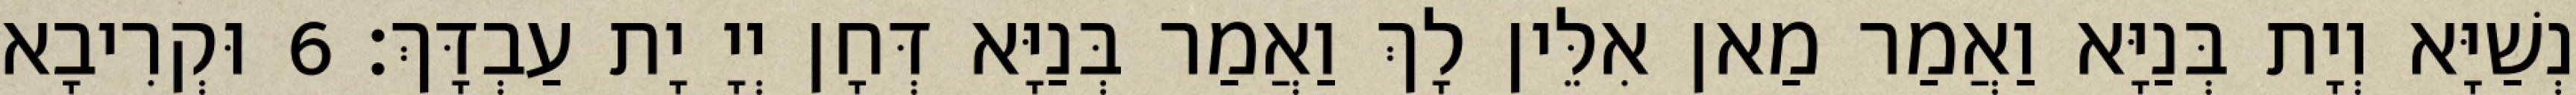
נְשַׁיָּא וְיָת בְּנַיָּא וַאֲמַר מַאן אִלֵּין לָךְ וַאֲמַר בְּנַיָּא דְּחָן יְיָ יָת עַבְדָּךְ׃ 6 וּקְרִיבָא